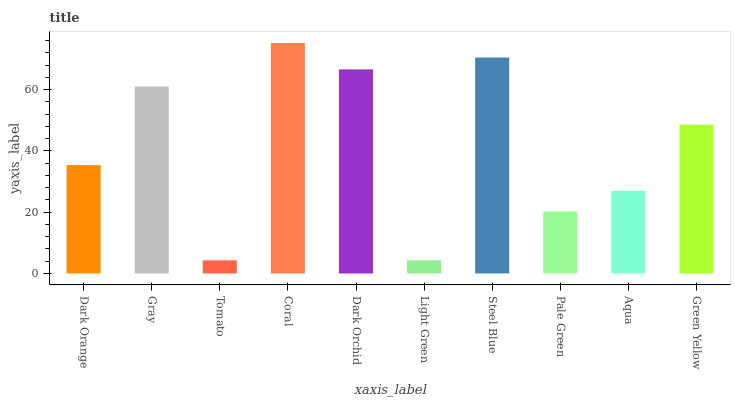
| xaxis_label | bars |
 | --- | --- |
 | Dark Orange | 35.4 |
 | Gray | 61 |
 | Tomato | 4.28 |
 | Coral | 75.2 |
 | Dark Orchid | 66.6 |
 | Light Green | 4.28 |
 | Steel Blue | 70.5 |
 | Pale Green | 20.2 |
 | Aqua | 27 |
 | Green Yellow | 48.6 |